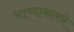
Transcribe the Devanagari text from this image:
भाष्याकारने